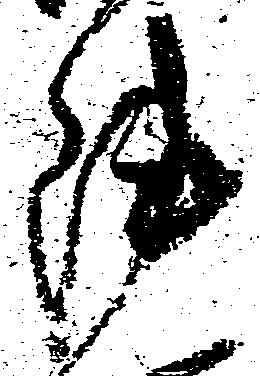
陣